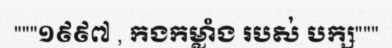
"""១៩៩៧ , កងកម្លាំង របស់ បក្ស"""